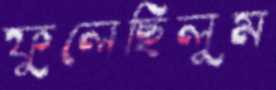
ফুলেছিলুম